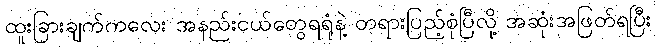
ထူးခြားချက်ကလေး အနည်းငယ်တွေရရုံနဲ့ တရားပြည့်စုံပြီလို့ အဆုံးအဖြတ်ရပြီး